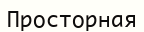
Просторная